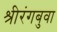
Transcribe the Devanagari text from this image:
श्रीरंगबुवा